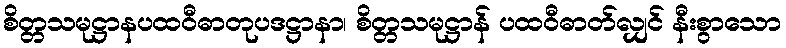
စိတ္တသမုဋ္ဌာနပထဝီဓာတုပဒဋ္ဌာနာ၊ စိတ္တသမုဋ္ဌာန် ပထဝီဓာတ်လျှင် နီးစွာသော